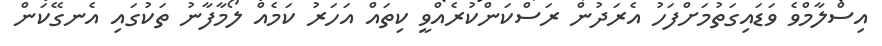
އިސްލާމްވެ ވަޑައިގަތުމަށްފަހު އެރަދުން ރަސްކަންކުރެއްވީ ކިތައް އަހަރު ކަމެއް ލޯމާފާނު ތަކުގައި އެނގޭކަން